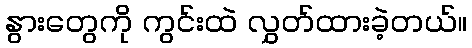
နွားတွေကို ကွင်းထဲ လွှတ်ထားခဲ့တယ်။